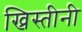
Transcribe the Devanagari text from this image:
ख्रिस्तीनी